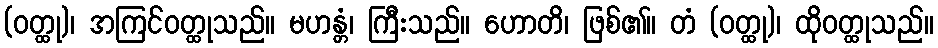
(ဝတ္ထု)၊ အကြင်ဝတ္ထုသည်။ မဟန္တံ၊ ကြီးသည်။ ဟောတိ၊ ဖြစ်၏။ တံ (ဝတ္ထု)၊ ထိုဝတ္ထုသည်။